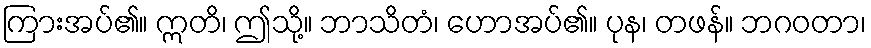
ကြားအပ်၏။ ဣတိ၊ ဤသို့။ ဘာသိတံ၊ ဟောအပ်၏။ ပုန၊ တဖန်။ ဘဂဝတာ၊